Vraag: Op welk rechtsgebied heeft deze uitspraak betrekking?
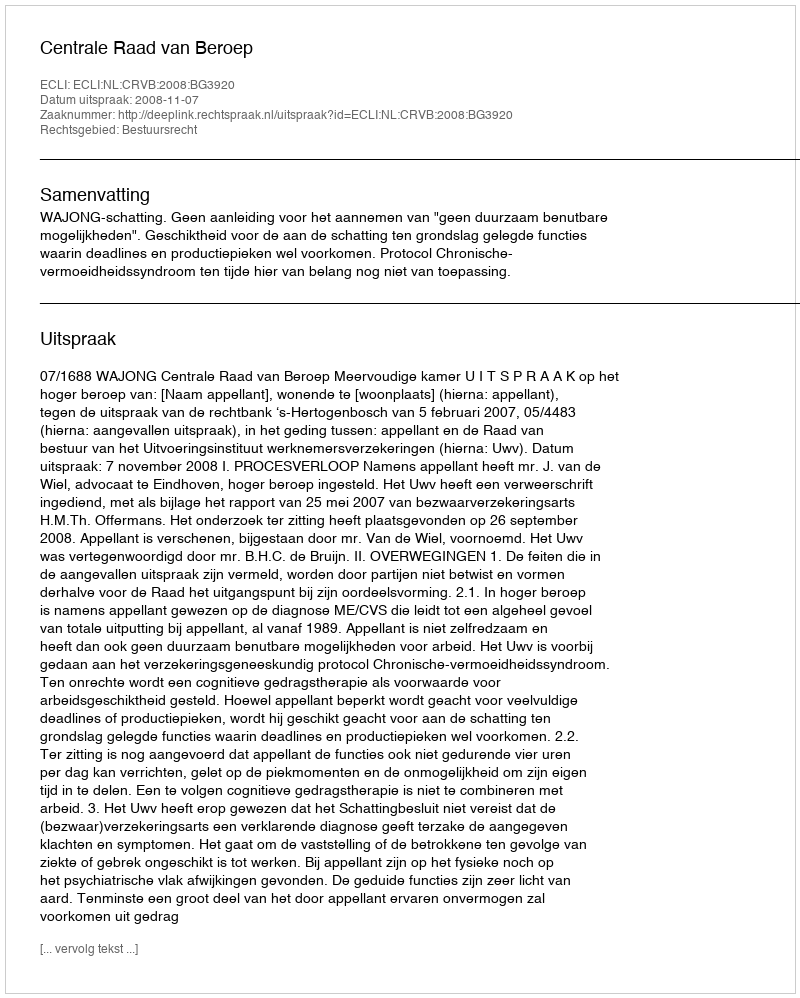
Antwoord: Bestuursrecht